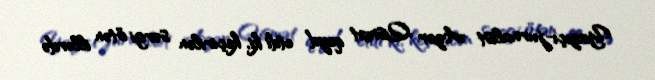
Yazıçı-jurnalist Azər Qismət qeyd etdi ki, keçirilən sərgi ötən illərdə